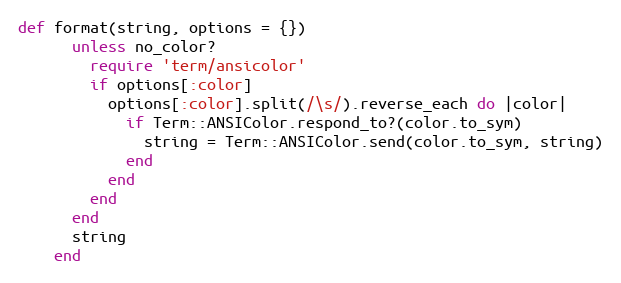
Language: Ruby
def format(string, options = {})
      unless no_color?
        require 'term/ansicolor'
        if options[:color]
          options[:color].split(/\s/).reverse_each do |color|
            if Term::ANSIColor.respond_to?(color.to_sym)
              string = Term::ANSIColor.send(color.to_sym, string)
            end
          end
        end
      end
      string
    end